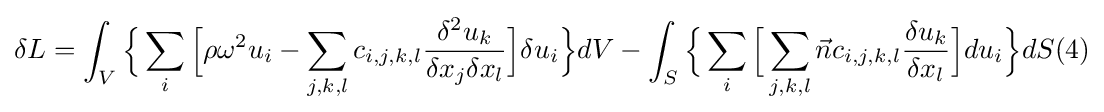
\delta L=\int _{V}{\Bigl \{}\sum _{i}{\Bigl [}\rho \omega ^{2}u_{i}-\sum _{j,k,l}c_{i,j,k,l}{\frac {\delta ^{2}u_{k}}{\delta x_{j}\delta x_{l}}}{\Bigr ]}\delta u_{i}{\Bigr \}}dV-\int _{S}{\Bigl \{}\sum _{i}{\Bigl [}\sum _{j,k,l}{\vec {n}}c_{i,j,k,l}{\frac {\delta u_{k}}{\delta x_{l}}}{\Bigr ]}du_{i}{\Bigr \}}dS(4)